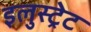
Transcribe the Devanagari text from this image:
इलुस्ट्रेट